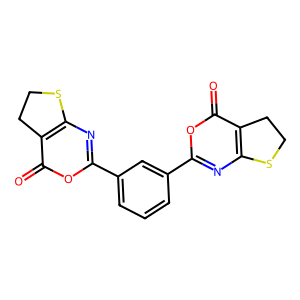
SMILES: O=c1oc(-c2cccc(-c3nc4c(c(=O)o3)CCS4)c2)nc2c1CCS2
Inhibits HIV replication: No